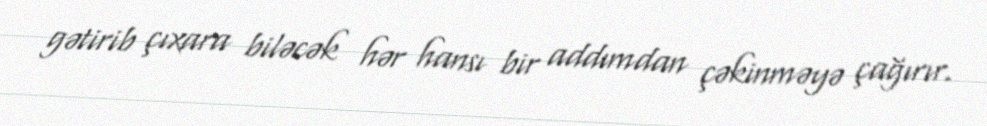
gətirib çıxara biləcək hər hansı bir addımdan çəkinməyə çağırır.